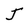
Character: J